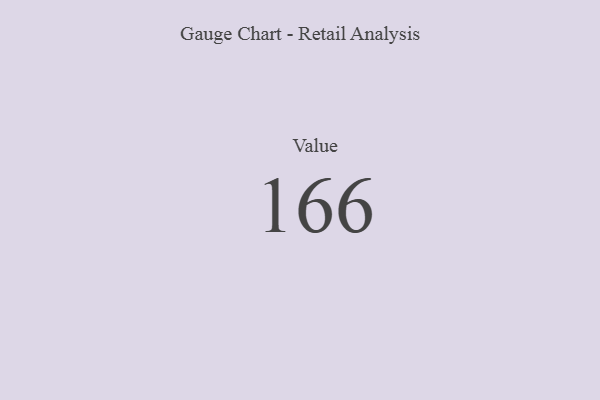
{"axis": {"x": "Metric", "y": "Value"}, "legend": [""], "data": [{"x": "Value", "y": 166, "type": ""}]}